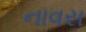
નાવસ